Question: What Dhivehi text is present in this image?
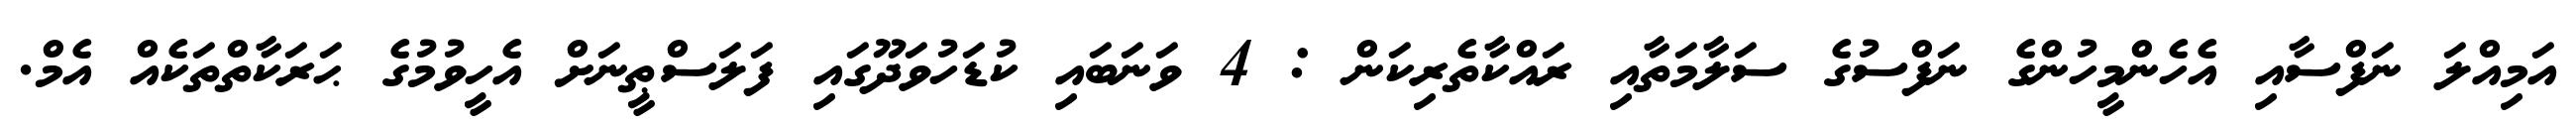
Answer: އަމިއްލަ ނަފްސާއި އެހެންމީހުންގެ ނަފްސުގެ ސަލާމަތާއި ރައްކާތެރިކަން : 4 ވަނަބައި ކުޑަހުވަދޫގައި ފަލަސްޠީނަށް އެހީވުމުގެ ޙަރަކާތްތަކެއް އެމް.